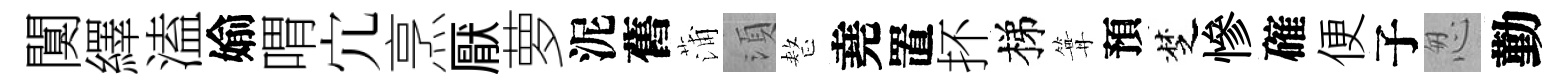
闃繹溘媮喟宂烹厭萝泥舊蒲湏整堯置抔梯篝預椘慘確便子怱勤